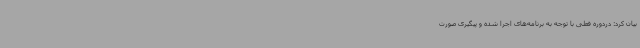
بیان کرد: دردوره فعلی با توجه به برنامه‌های اجرا شده و پیگیری صورت